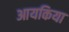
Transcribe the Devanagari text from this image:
आयकिया